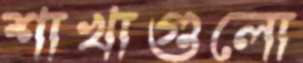
শাখাগুলো